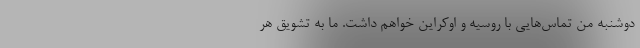
دوشنبه من تماس‌هایی با روسیه و اوکراین خواهم داشت. ما به تشویق هر